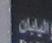
اليابان